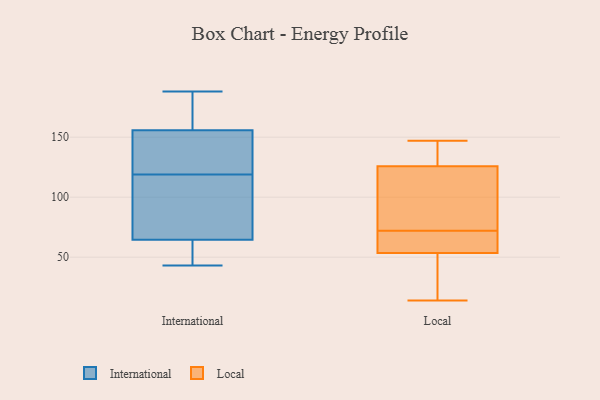
{"axis": {"x": "Active Users", "y": "Value"}, "legend": ["International", "Local"], "data": [{"x": "", "y": 155, "type": "International"}, {"x": "", "y": 64, "type": "International"}, {"x": "", "y": 66, "type": "International"}, {"x": "", "y": 67, "type": "International"}, {"x": "", "y": 52, "type": "International"}, {"x": "", "y": 43, "type": "International"}, {"x": "", "y": 173, "type": "International"}, {"x": "", "y": 188, "type": "International"}, {"x": "", "y": 97, "type": "International"}, {"x": "", "y": 186, "type": "International"}, {"x": "", "y": 130, "type": "International"}, {"x": "", "y": 119, "type": "International"}, {"x": "", "y": 156, "type": "International"}, {"x": "", "y": 133, "type": "International"}, {"x": "", "y": 58, "type": "International"}, {"x": "", "y": 72, "type": "Local"}, {"x": "", "y": 118, "type": "Local"}, {"x": "", "y": 141, "type": "Local"}, {"x": "", "y": 147, "type": "Local"}, {"x": "", "y": 19, "type": "Local"}, {"x": "", "y": 63, "type": "Local"}, {"x": "", "y": 55, "type": "Local"}, {"x": "", "y": 131, "type": "Local"}, {"x": "", "y": 49, "type": "Local"}, {"x": "", "y": 98, "type": "Local"}, {"x": "", "y": 69, "type": "Local"}, {"x": "", "y": 14, "type": "Local"}, {"x": "", "y": 124, "type": "Local"}]}